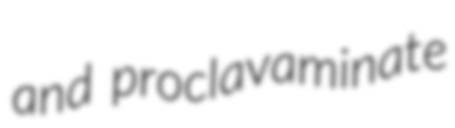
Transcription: and proclavaminate